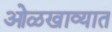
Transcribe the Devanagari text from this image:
ओळखाव्यात